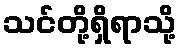
သင်တို့ရှိရာသို့